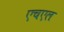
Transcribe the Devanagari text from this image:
एचएल